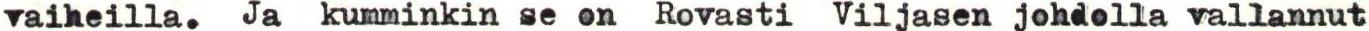
vaiheilla. Ja kumminkin se on Rovasti Viljasen johdolla vallannut